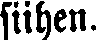
siihen.